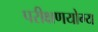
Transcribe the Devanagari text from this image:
परीक्षणयोग्य